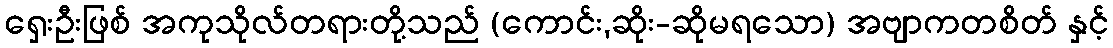
ရှေးဦးဖြစ် အကုသိုလ်တရားတို့သည် (ကောင်း,ဆိုး-ဆိုမရသော) အဗျာကတစိတ် နှင့်